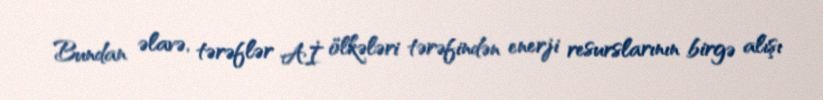
Bundan əlavə, tərəflər Aİ ölkələri tərəfindən enerji resurslarının birgə alışı